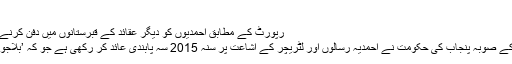
‘
رپورٹ کے مطابق احمدیوں کو دیگر عقائد کے قبرستانوں میں دفن کرنے کی اجازت نہیں دی جاتی
ان کا کہنا تھا کہ پاکستان کے صوبہ پنجاب کی حکومت نے احمدیہ رسالوں اور لٹریچر کے اشاعت پر سنہ 2015 سہ پابندی عائد کر رکھی ہے جو کہ ’بلاجواز اور غیر آئینی عمل ہے۔